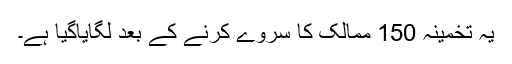
یہ تخمینہ 150 ممالک کا سروے کرنے کے بعد لگایاگیا ہے۔